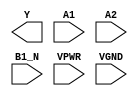
module sky130_fd_sc_hs__a21boi (
    Y   ,
    A1  ,
    A2  ,
    B1_N,
    VPWR,
    VGND
);

    output Y   ;
    input  A1  ;
    input  A2  ;
    input  B1_N;
    input  VPWR;
    input  VGND;
endmodule